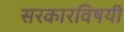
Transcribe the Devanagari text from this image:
सरकारविषयी